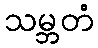
သမ္ဘတံ